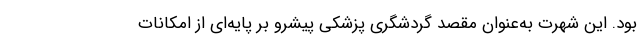
بود. این شهرت به‌عنوان مقصد گردشگری پزشکی پیشرو بر پایه‌ای از امکانات